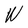
Character: W